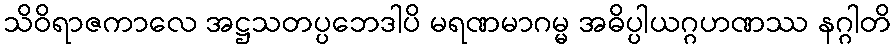
သိဝိရာဇကာလေ အဋ္ဌသတပ္ပဘေဒါပိ မရဏမာဂမ္မ အဓိပ္ပါယဂ္ဂဟဏဿ နဂ္ဂါတိ